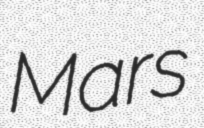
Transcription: Mars